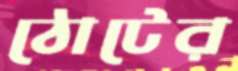
ঠোটের